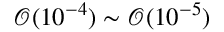
\mathcal { O } ( 1 0 ^ { - 4 } ) \sim \mathcal { O } ( 1 0 ^ { - 5 } )